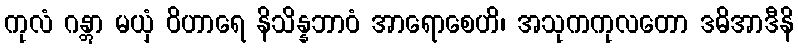
ကုလံ ဂန္တွာ မယှံ ဝိဟာရေ နိသိန္နဘာဝံ အာရောစေဟိ၊ အသုကကုလတော ဒဓိအာဒီနိ